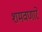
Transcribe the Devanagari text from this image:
शमवणारे